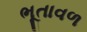
ભૂતાવળ